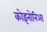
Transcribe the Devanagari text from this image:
कोइनोनिआ